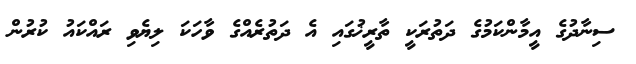
ސިނާދުގެ އީމާންކަމުގެ ދަތުރަކީ ތާރީޚުގައި އެ ދަތުރެއްގެ ވާހަކަ ލިޔެވި ރައްކައު ކުރުން